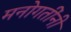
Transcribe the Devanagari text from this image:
मनोगतींनी